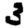
Digit: 3